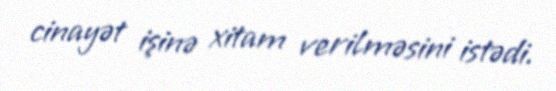
cinayət işinə xitam verilməsini istədi.